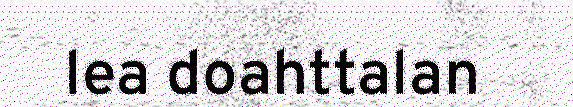
lea doahttalan